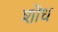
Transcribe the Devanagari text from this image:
शॊध